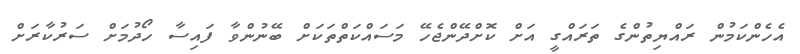
އެހެންކަމުން ރައްޔިތުންގެ ތަރައްގީ އަށް ކޮށްދޭންޖެހޭ މަސައްކަތްތަކަށް ބޭނުންވާ ފައިސާ ހޯދުމަށް ސަރުކާރަށް